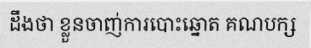
ដឹងថា ខ្លួនចាញ់ការបោះឆ្នោត គណបក្ស